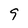
Character: 9